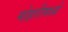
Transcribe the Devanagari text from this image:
मोहरीमध्ये